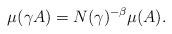
LaTeX: \begin{align*}\mu(\gamma A)=N(\gamma)^{-\beta}\mu(A).\end{align*}